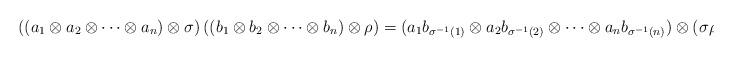
LaTeX: \begin{align*}\left((a_1 \otimes a_2 \otimes \cdots \otimes a_n) \otimes \sigma\right) \left((b_1 \otimes b_2 \otimes \cdots \otimes b_n) \otimes \rho\right)=(a_1 b_{\sigma^{-1}(1)} \otimes a_2b_{\sigma^{-1}(2)} \otimes \cdots \otimes a_nb_{\sigma^{-1}(n)}) \otimes (\sigma \rho)\end{align*}